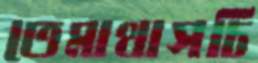
তেমাথাসচি